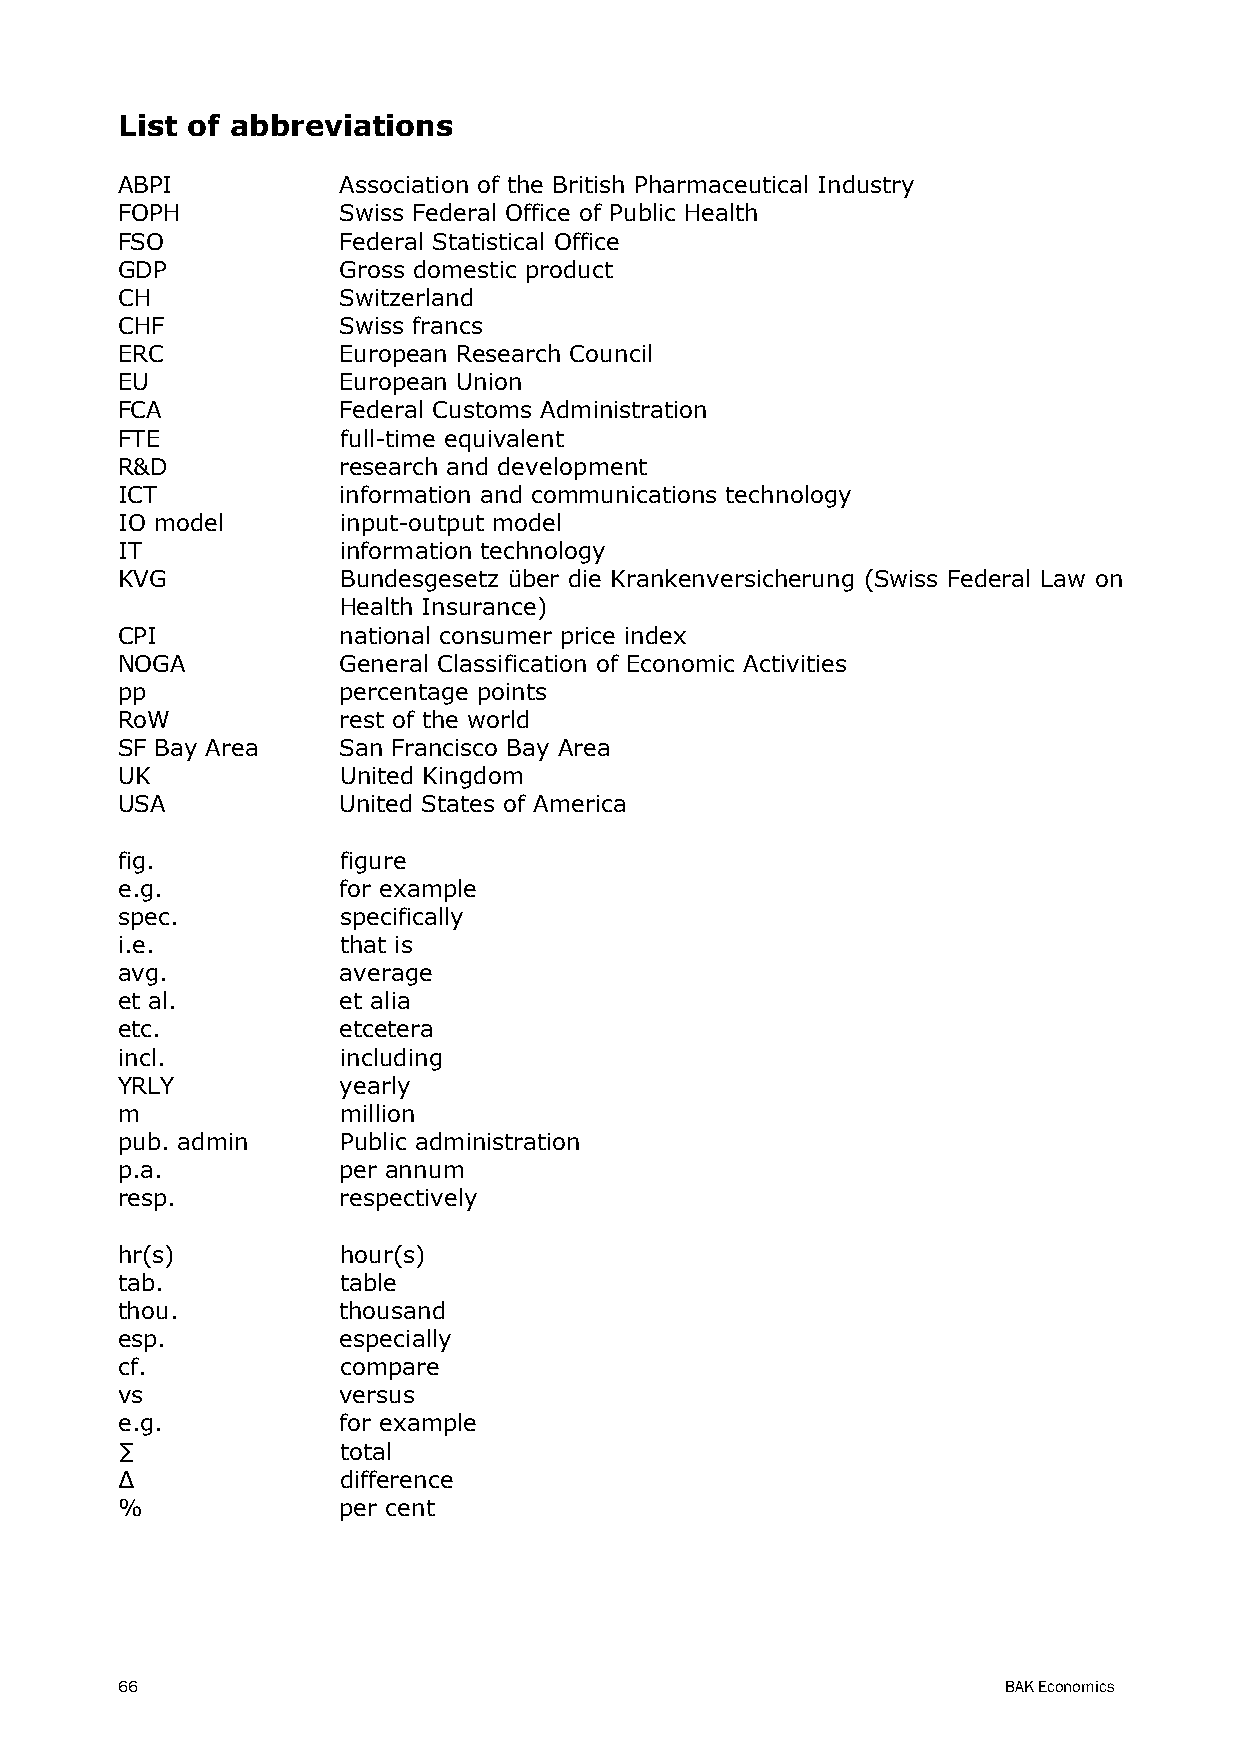
List of abbreviations
 ABPI          Association of the British Pharmaceutical Industry
 FOPH          Swiss Federal Office of Public Health
 FSO           Federal Statistical Office
 GDP           Gross domestic product
 CH            Switzerland
 CHF           Swiss francs
 ERC           European Research Council
 EU            European Union
 FCA           Federal Customs Administration
 FTE           full-time equivalent
 R&D           research and development
 ICT           information and communications technology
 IO model      input-output model
 IT            information technology
 KVG           Bundesgesetz über die Krankenversicherung (Swiss Federal Law on
 Health Insurance)
 CPI           national consumer price index
 NOGA          General Classification of Economic Activities
 pp            percentage points
 RoW           rest of the world
 SF Bay Area   San Francisco Bay Area
 UK            United Kingdom
 USA           United States of America
 fig.          figure
 e.g.          for example
 spec.         specifically
 i.e.          that is
 avg.          average
 et al.        et alia
 etc.          etcetera
 incl.         including
 YRLY          yearly
 m             million
 pub. admin    Public administration
 p.a.          per annum
 resp.         respectively
 hr(s)         hour(s)
 tab.          table
 thou.         thousand
 esp.          especially
 cf.           compare
 vs            versus
 e.g.          for example
 ∑             total
 ∆             difference
 %             per cent
 66                                                        BAK Economics